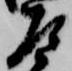
左